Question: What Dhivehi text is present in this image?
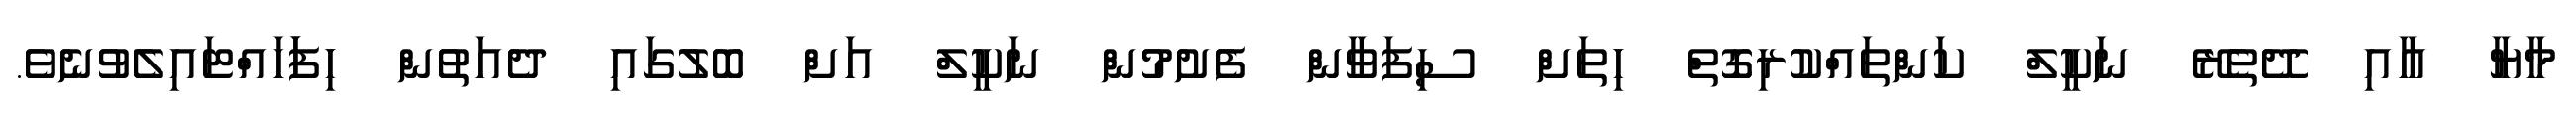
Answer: މާޔާ އާއި ދޭތެރޭ ނަކީލް ކަންތައްކުރިގޮތް ހިތަށް ސިފަވާން ފެށުމުން ނަކީލް އަށް ބޮލުގައި ދެއަތުން ހިފަަހައްޓައިލެވުނެވެ.